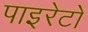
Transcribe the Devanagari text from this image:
पाइरेटों